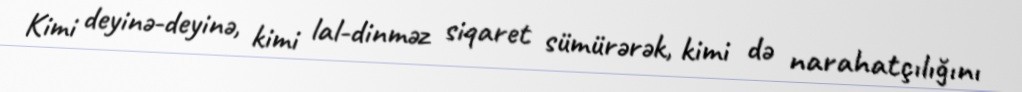
Kimi deyinə-deyinə, kimi lal-dinməz siqaret sümürərək, kimi də narahatçılığını